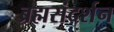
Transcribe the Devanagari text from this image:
ब्रह्मसंदर्शन